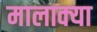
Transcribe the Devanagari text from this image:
मालाक्‍या